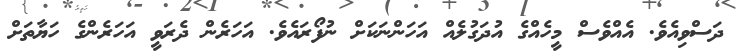
ދަސްވިއެވެ. އެއްވެސް މީހެއްގެ އުދަގުލެއް އަހަންނަކަށް ނުފޯރައެވެ. އަހަރެން ދެރަވީ އަހަރެންގެ ހަޔާތަށް